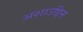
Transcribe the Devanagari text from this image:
अशाउद्दिन